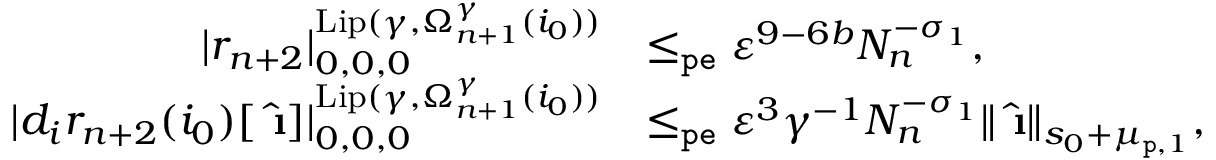
\begin{array} { r l } { | r _ { n + 2 } | _ { 0 , 0 , 0 } ^ { \mathrm { L i p } ( \gamma , \Omega _ { n + 1 } ^ { \gamma } ( i _ { 0 } ) ) } } & { \le _ { \mathtt { p e } } \varepsilon ^ { 9 - 6 b } N _ { n } ^ { - \sigma _ { 1 } } , } \\ { | d _ { i } r _ { n + 2 } ( i _ { 0 } ) [ \hat { \textbf { \i } } ] | _ { 0 , 0 , 0 } ^ { \mathrm { L i p } ( \gamma , \Omega _ { n + 1 } ^ { \gamma } ( i _ { 0 } ) ) } } & { \le _ { \mathtt { p e } } \varepsilon ^ { 3 } \gamma ^ { - 1 } N _ { n } ^ { - \sigma _ { 1 } } \rVert \hat { \textbf { \i } } \rVert _ { s _ { 0 } + \mu _ { \mathtt { p } , 1 } } , } \end{array}